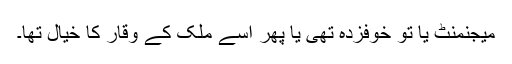
میجنمنٹ یا تو خوفزدہ تھی یا پھر اسے ملک کے وقار کا خیال تھا۔